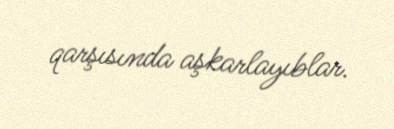
qarşısında aşkarlayıblar.